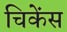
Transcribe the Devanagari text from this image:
चिकेंस